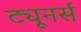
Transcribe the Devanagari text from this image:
ट्यूनर्स